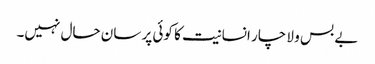
بے بس و لا چار انسانیت کا کوئی پر سان حال نہیں۔